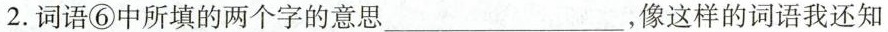
2.词语⑥中所填的两个字的意思___，像这样的词语我还